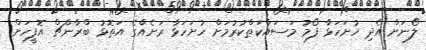
ލޯނަށް އެދި ހުށަހަޅާ ފޯމު މަސައްކަތްކުރުމަށް ހުށަހަޅާ ރަށެއްގެ އަތޮޅު ބްރާންޗް އޮފީހަށް